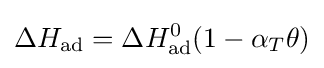
\Delta H_{\text{ad}}=\Delta H_{\text{ad}}^{0}(1-\alpha _{T}\theta )